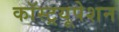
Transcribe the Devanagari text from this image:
कॉस्ट्रयूपेशन